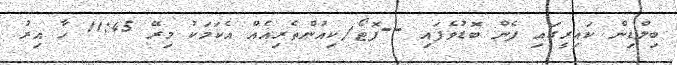
ބިލްޑިން ކައިރީގައި ފެން ބޮޑުވެފައި --ފޮޓޯ/ކިއުންތެރިއެއް އެކަމަކު މިރޭ 11:45 ހާ އިރު